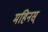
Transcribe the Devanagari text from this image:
महिनस्